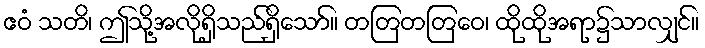
ဧဝံ သတိ၊ ဤသို့အလိုရှိသည်ရှိသော်။ တတြတတြေဝ၊ ထိုထိုအရာ၌သာလျှင်။